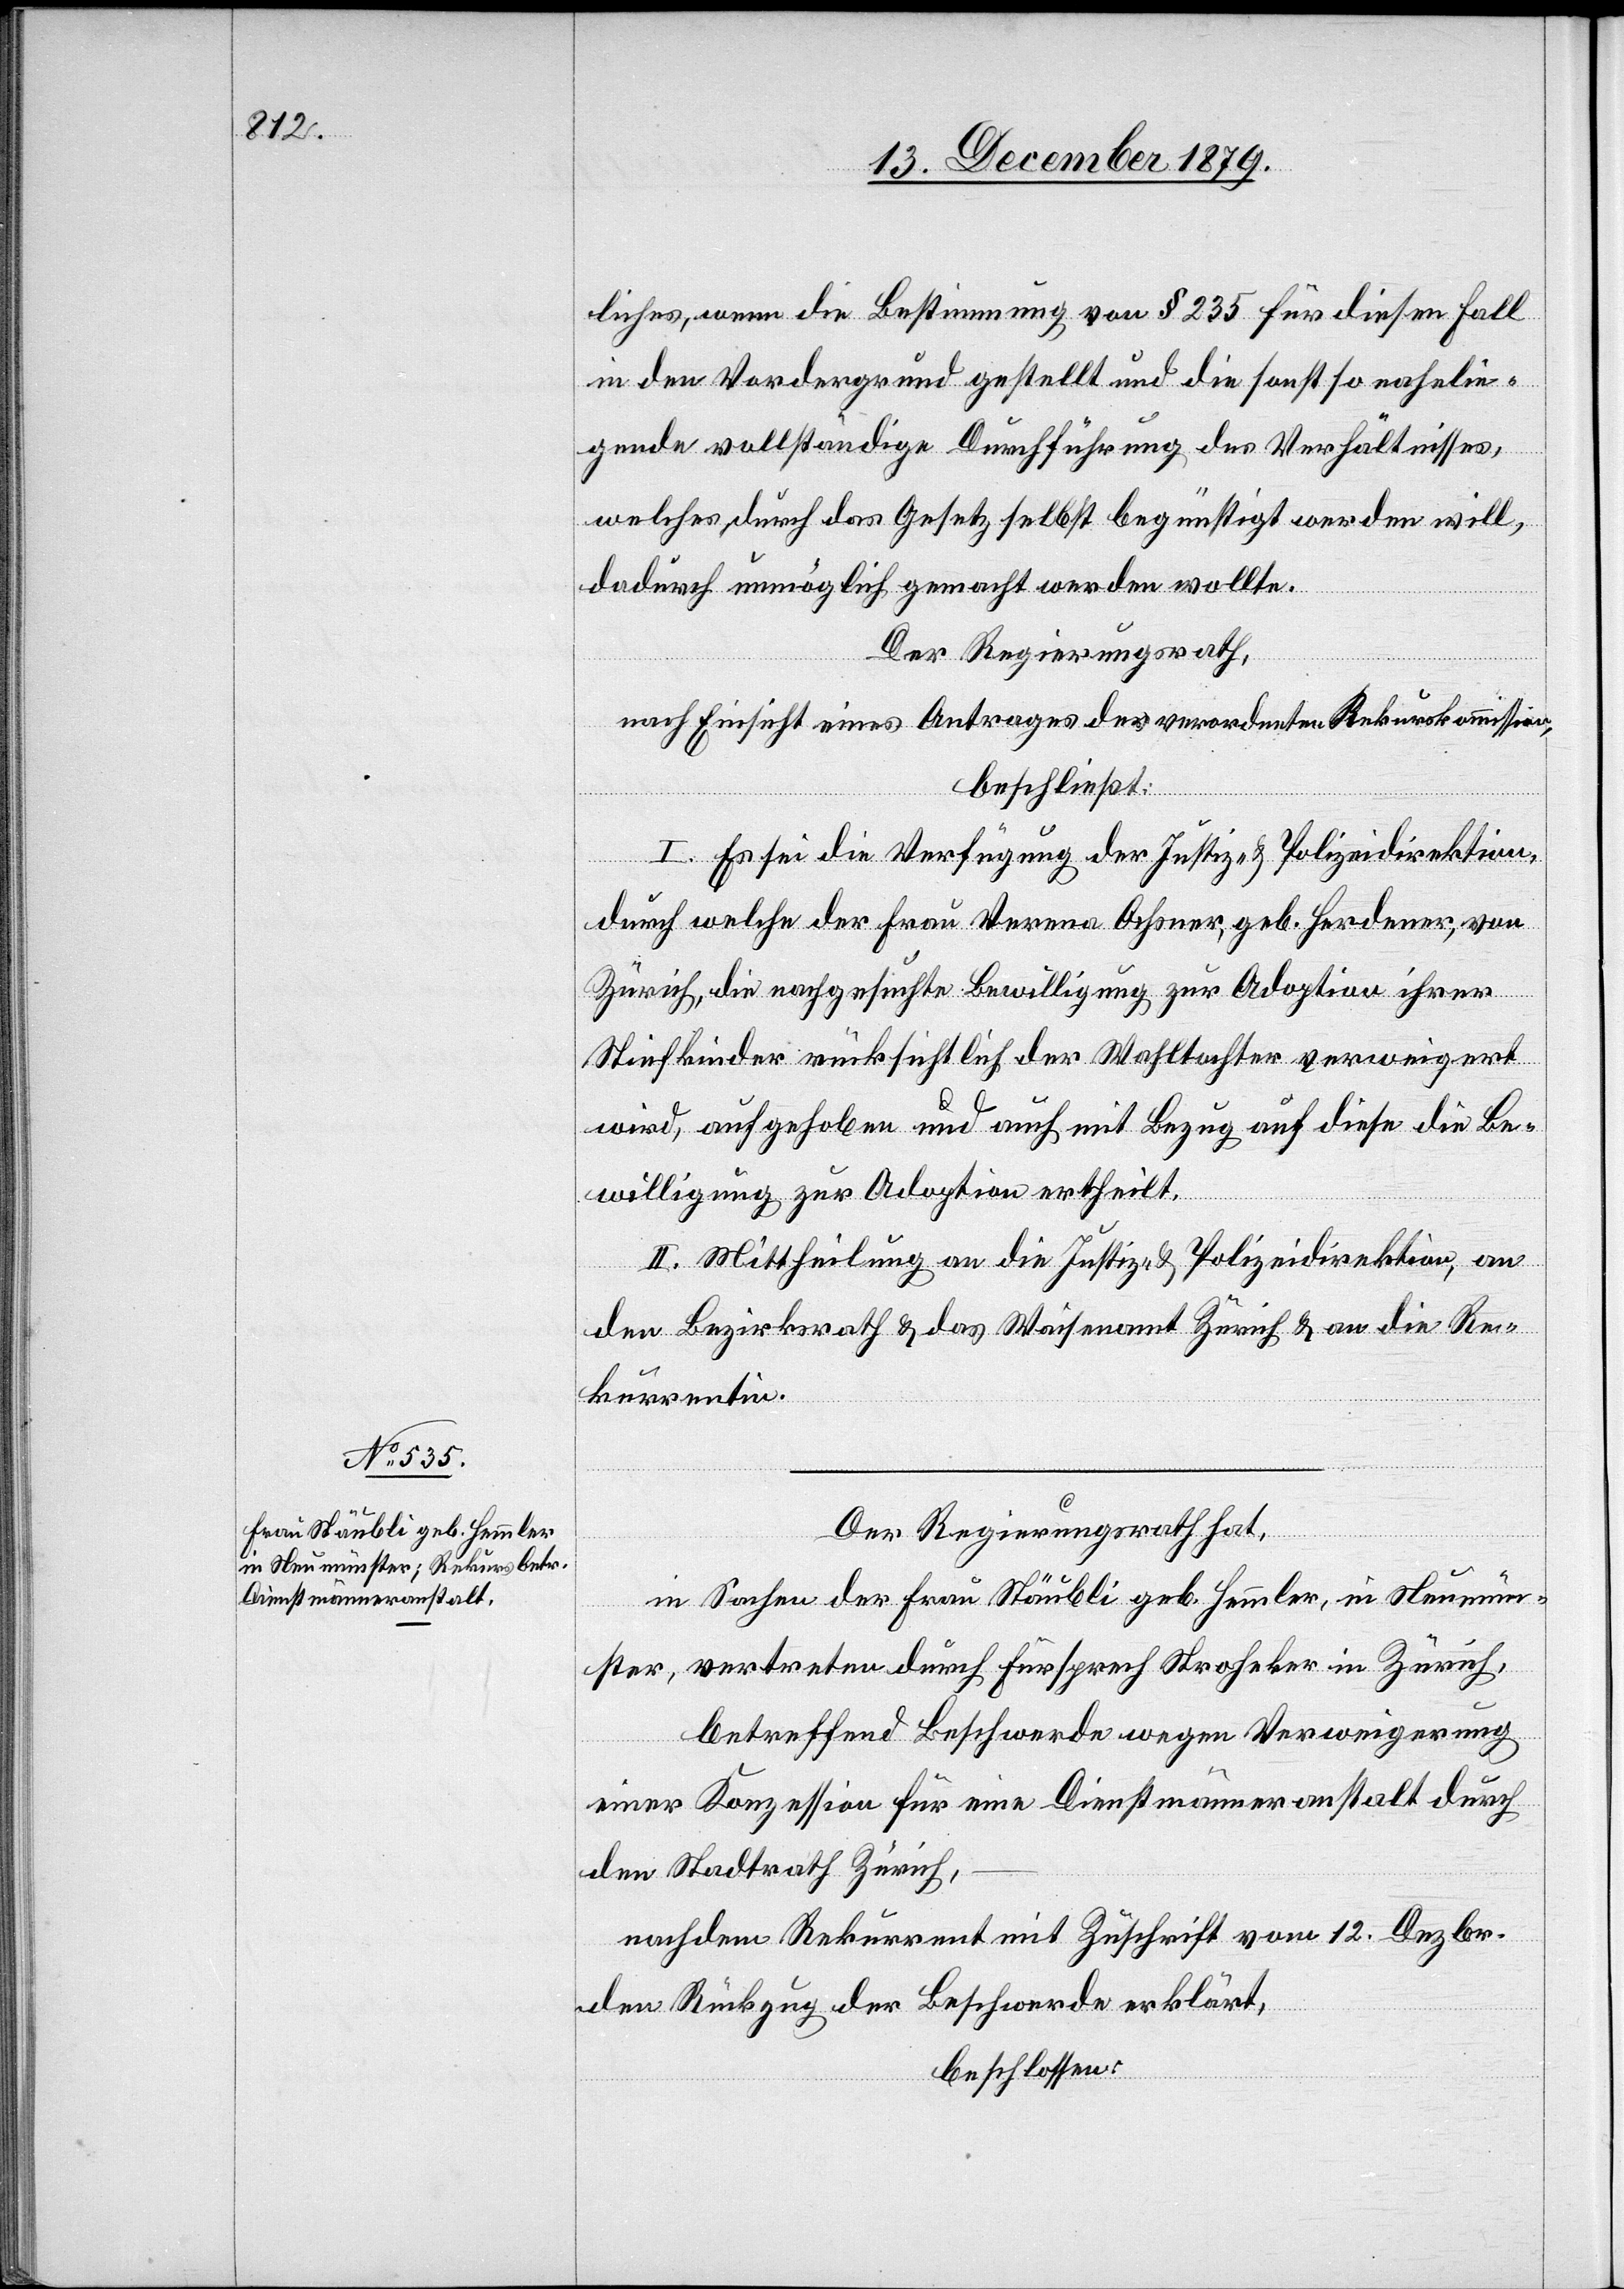
liches, wenn die Bestimmung von § 235 für diesen Fall
in der Vordergrund gestellt und die sonst so nahelie¬
gende vollständige Durchführung des Verhältnisses,
welches durch das Gesetz selbst begünstigt werden will,
dadurch unmöglich gemacht werden wollte.
Der Regierungsrath,
nach Einsicht eines Antrages der verordneten Rekurskommission,
beschließt:
I. Es sei die Verfügung der Justiz- & Polizeidirektion,
durch welche der Frau Verena Ochsner, geb. Herdener, von
Zürich, die nachgesuchte Bewilligung zur Adoption ihrer
Stiefkindern rücksichtlich der Wahltochter verweigert
wird, aufgehoben und auch mit Bezug auf diese die Be¬
willigung zur Adoption ertheilt.
2. Mittheilung an die Justiz- & Polizeidirektion, an
den Bezirksrath & das Waisenamt Zürich & an die Re¬
kurrentin.
Der Regierungsrath hat,
in Sachen der Frau Stäubli geb. Hemmler, in Neumün¬
ster, vertreten durch Fürsprech Stroheker in Zürich,
betreffend Beschwerde wegen Verweigerung
einer Konzession für eine Dienstmänneranstalt durch
den Stadtrath Zürich,
nachdem Rekurrent mit Zuschrift vom 12. Dezbr.
den Rückzug der Beschwerde erklärt,
beschlossen: